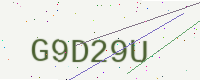
Text: G9D29U